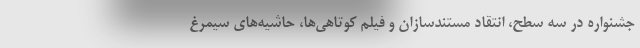
جشنواره در سه سطح، انتقاد مستندسازان و فیلم کوتاهی‌ها، حاشیه‌های سیمرغ